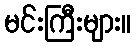
မင်းကြီးများ။